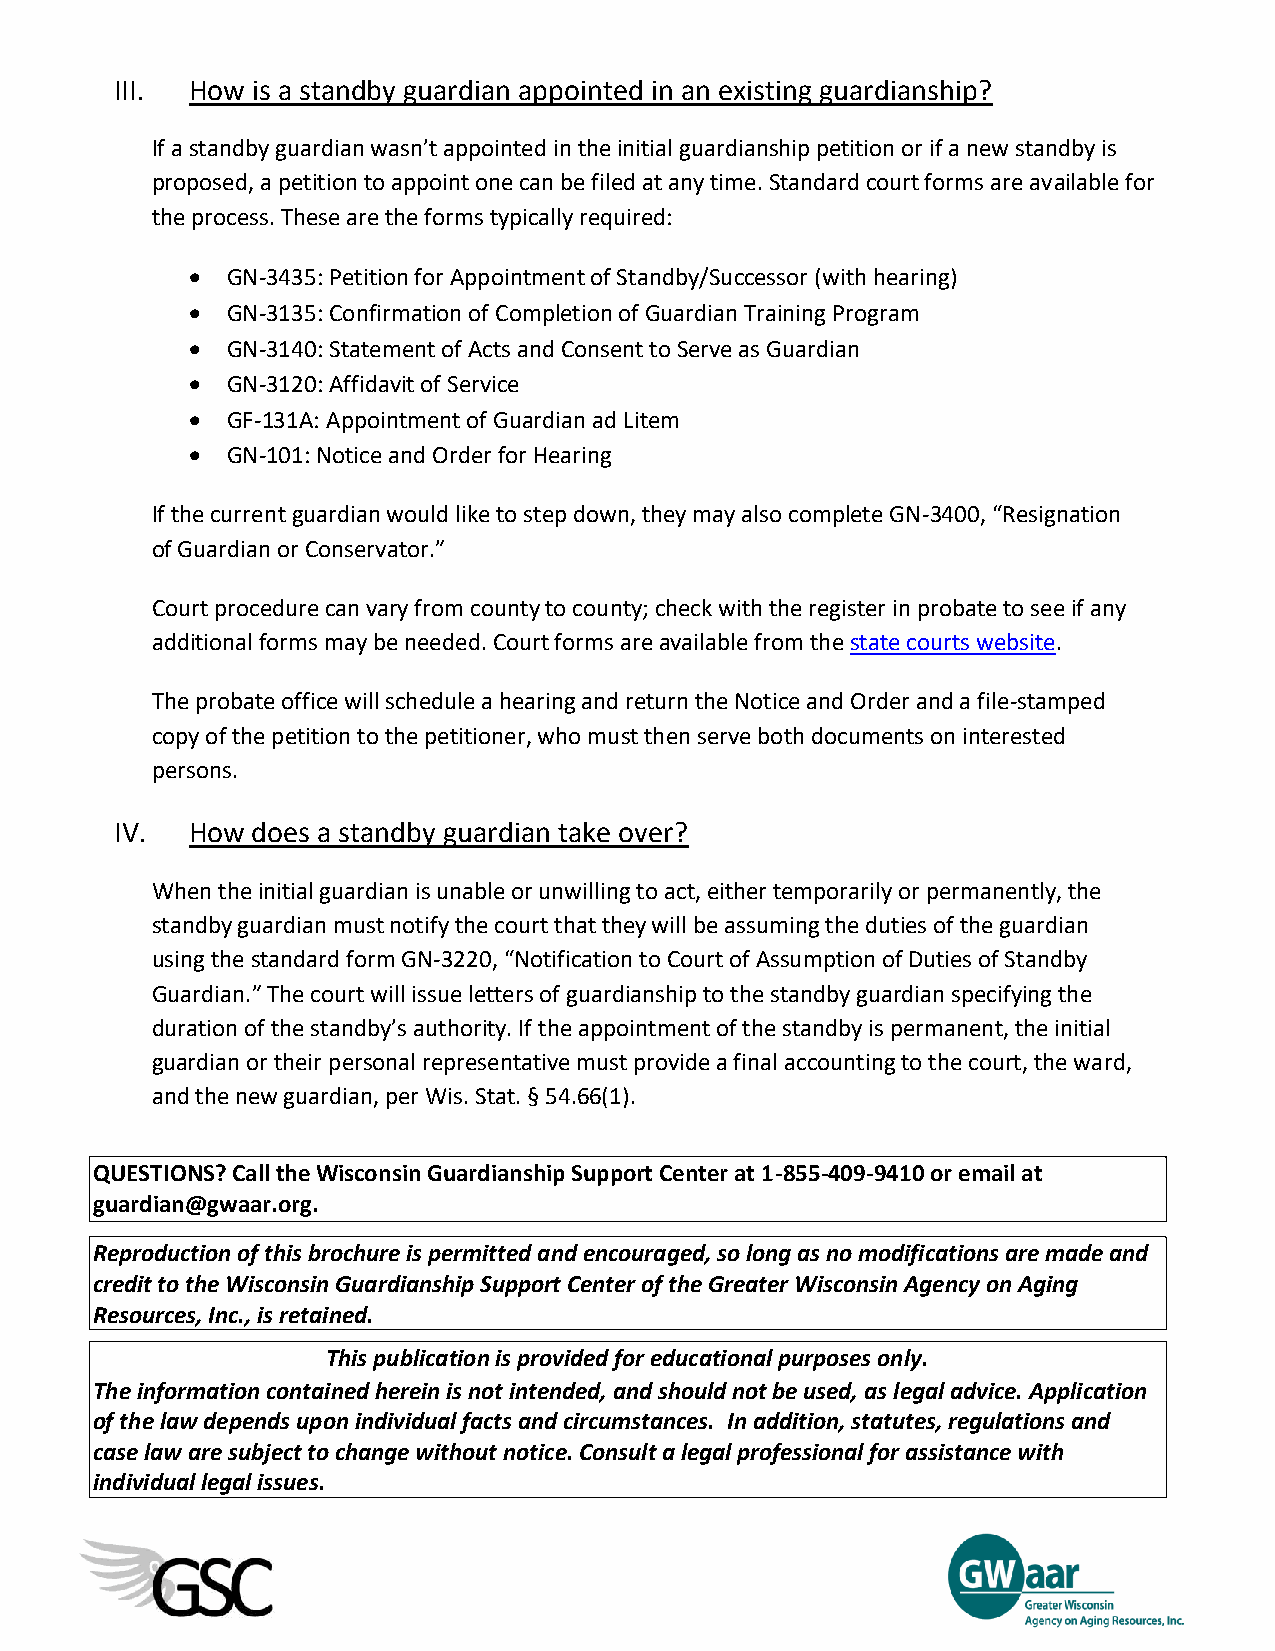
III. How is a standby guardian appointed in an existing guardianship?
 If a standby guardian wasn’t appointed in the initial guardianship petition or if a new standby is
 proposed, a petition to appoint one can be filed at any time. Standard court forms are available for
 the process. These are the forms typically required:
 • GN-3435: Petition for Appointment of Standby/Successor (with hearing)
 • GN-3135: Confirmation of Completion of Guardian Training Program
 • GN-3140: Statement of Acts and Consent to Serve as Guardian
 • GN-3120: Affidavit of Service
 • GF-131A: Appointment of Guardian ad Litem
 • GN-101: Notice and Order for Hearing
 If the current guardian would like to step down, they may also complete GN-3400, “Resignation
 of Guardian or Conservator.”
 Court procedure can vary from county to county; check with the register in probate to see if any
 additional forms may be needed. Court forms are available from the state courts website.
 The probate office will schedule a hearing and return the Notice and Order and a file-stamped
 copy of the petition to the petitioner, who must then serve both documents on interested
 persons.
 IV.  How does a standby guardian take over?
 When the initial guardian is unable or unwilling to act, either temporarily or permanently, the
 standby guardian must notify the court that they will be assuming the duties of the guardian
 using the standard form GN-3220, “Notification to Court of Assumption of Duties of Standby
 Guardian.” The court will issue letters of guardianship to the standby guardian specifying the
 duration of the standby’s authority. If the appointment of the standby is permanent, the initial
 guardian or their personal representative must provide a final accounting to the court, the ward,
 and the new guardian, per Wis. Stat. § 54.66(1).
 QUESTIONS? Call the Wisconsin Guardianship Support Center at 1-855-409-9410 or email at
 guardian@gwaar.org.
 Reproduction of this brochure is permitted and encouraged, so long as no modifications are made and
 credit to the Wisconsin Guardianship Support Center of the Greater Wisconsin Agency on Aging
 Resources, Inc., is retained.
 This publication is provided for educational purposes only.
 The information contained herein is not intended, and should not be used, as legal advice. Application
 of the law depends upon individual facts and circumstances. In addition, statutes, regulations and
 case law are subject to change without notice. Consult a legal professional for assistance with
 individual legal issues.